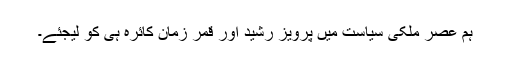
ہم عصر ملکی سیاست میں پرویز رشید اور قمر زمان کائرہ ہی کو لیجئے۔